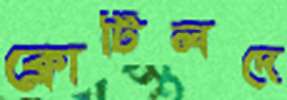
ক্লোটিলদে